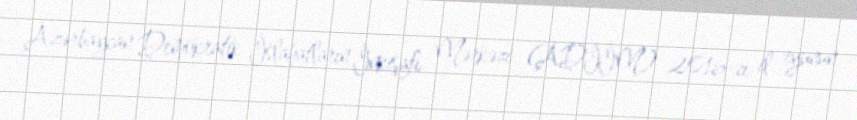
Azərbaycan Demokratik İslahatların İnkişafı Mərkəzi (ADİİM) 2016-cı il iyunun